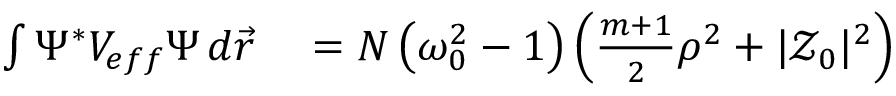
\begin{array} { r l } { \int \Psi ^ { * } V _ { e f f } \Psi \, d \vec { r } } & { { } = N \left( { \omega _ { 0 } ^ { 2 } } - 1 \right) \left( \frac { m + 1 } { 2 } \rho ^ { 2 } + | \mathcal { Z } _ { 0 } | ^ { 2 } \right) } \end{array}